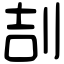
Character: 㓤